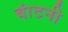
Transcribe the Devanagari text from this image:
बांटनी